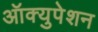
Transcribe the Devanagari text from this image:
ऑक्युपेशन